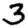
Digit: 3